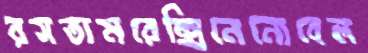
রসতামরেক্সিনেনোবেল